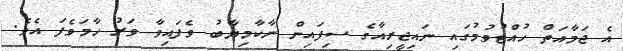
އެ ޖަމާއަތް ހުއްޓުވުމުގައި ނައިޖީރިއާގެ ސިފައިން ނާކާމިޔާބު ވެފައިވާ ވަރު ހާމަވެފަ އެވެ.